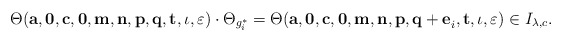
\begin{align*}\Theta({\bf a,0,c,0,m,n,p,q,t},\iota,\varepsilon)\cdot\Theta_{g^*_i}=\Theta({\bf a,0,c,0,m,n,p,q+e}_i{\bf,t},\iota,\varepsilon)\in I_{\lambda,c}.\end{align*}